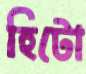
হিটো